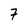
Character: 7